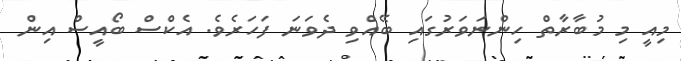
މިއީ މި މުބާރާތް ހިންނަވަރުގައި ބޭއްވި ދެވަނަ ފަހަރެވެ. އެކްސް ބޯއީސް އިން